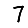
Digit: 7